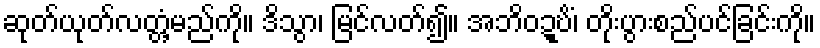
ဆုတ်ယုတ်လတ္တံ့မည်ကို။ ဒိသွာ၊ မြင်လတ်၍။ အဘိဝဍ္ဎိံ၊ တိုးပွားစည်ပင်ခြင်းကို။